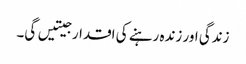
زندگی اور زندہ رہنے کی اقدار جیتیں گی۔